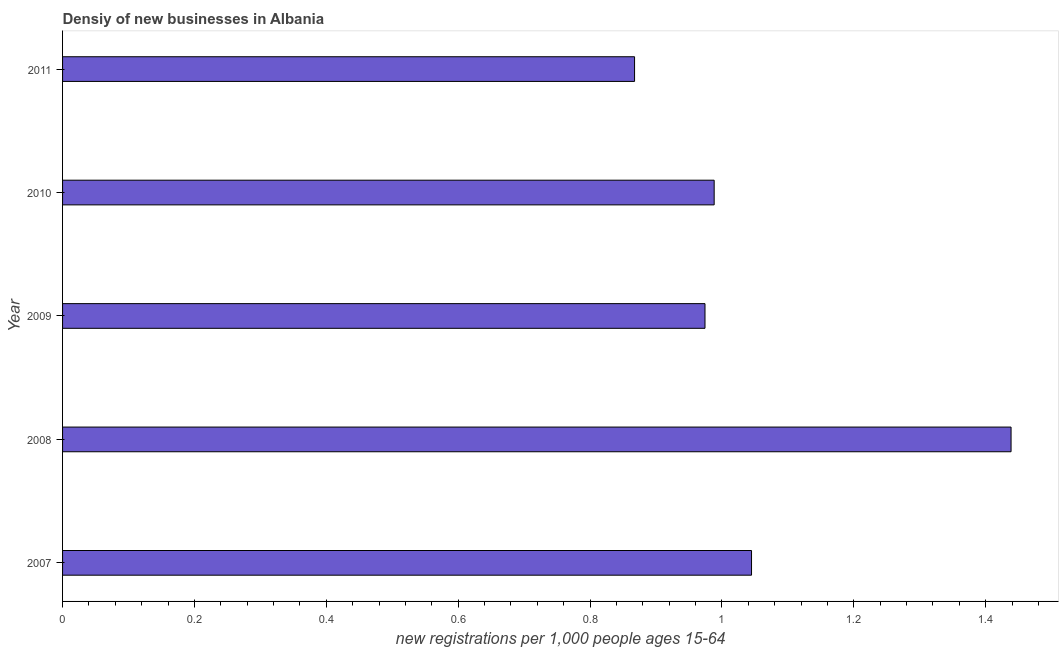
| Year | New business density |
 | --- | --- |
 | 2007 | 1.04 |
 | 2008 | 1.44 |
 | 2009 | 0.974 |
 | 2010 | 0.988 |
 | 2011 | 0.868 |